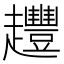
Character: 𧾳